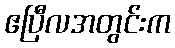
ဧပြီလအတွင်းက